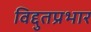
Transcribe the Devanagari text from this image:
विद्दुतप्रभार